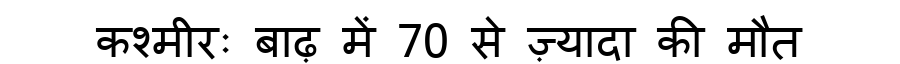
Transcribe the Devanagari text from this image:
कश्मीरः बाढ़ में 70 से ज़्यादा की मौत